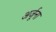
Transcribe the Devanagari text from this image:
अर्जूना